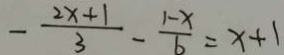
- \frac { 2 x + 1 } { 3 } - \frac { 1 - x } { 6 } = x + 1